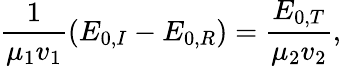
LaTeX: \frac{1}{\mu_{1}v_{1}}(E_{0,I}-E_{0,R})=\frac{E_{0,T}}{\mu_{2}v_{2}},